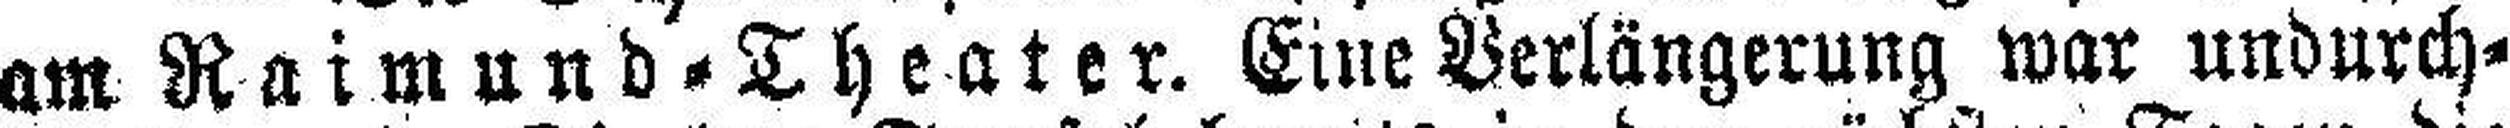
am Raimund - Theater. Eine Verlängerung war undurch¬